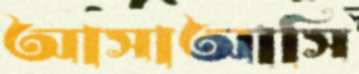
আসাআসি